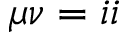
\mu \nu = i i